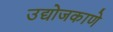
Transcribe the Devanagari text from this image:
उद्योजकाणे